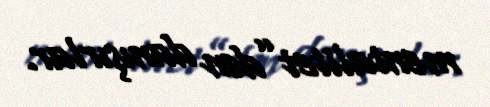
mentalitet”dən danışırlar.